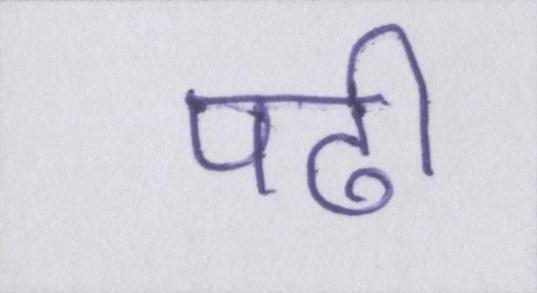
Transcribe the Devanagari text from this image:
पढी